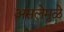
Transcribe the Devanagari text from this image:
असलेमुळे